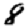
Digit: 8